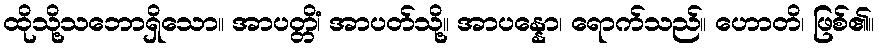
ထိုသို့သဘောရှိသော။ အာပတ္တိံ၊ အာပတ်သို့။ အာပန္နော၊ ရောက်သည်။ ဟောတိ၊ ဖြစ်၏။